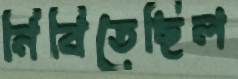
নিবিতেছিল